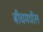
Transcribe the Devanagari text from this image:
बीचमधील